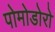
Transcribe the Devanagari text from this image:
पोमोडोरो